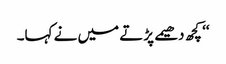
‘‘ کچھ دھیمے پڑتے میں نے کہا۔